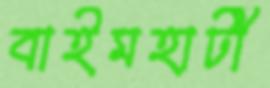
বাইমহাটী